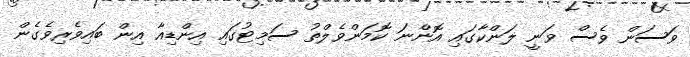
ވަސަން ވެސް ވަނީ ލަންކާގައި އޮންނަ ކޮމަންވެލްތު ސަމިޓުގައި އިންޑިއާ އިން ބައިވެރިވެގެން